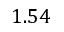
1 . 5 4